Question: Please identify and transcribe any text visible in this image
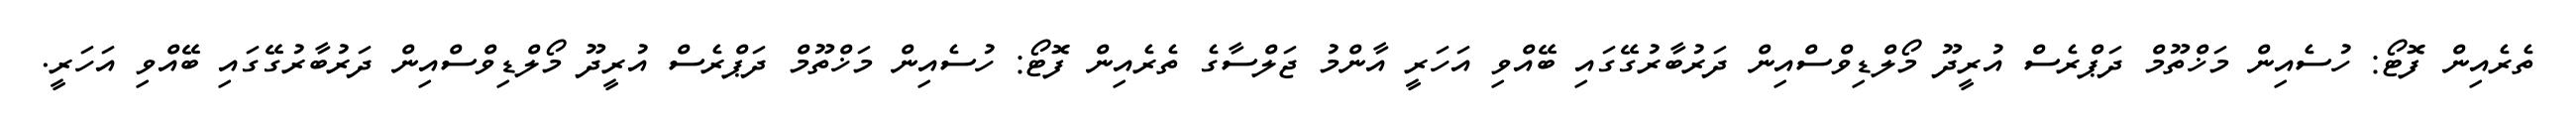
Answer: ތެރެއިން ފޮޓޯ: ހުސެއިން މަޚްތޫމް ދަޕްރެސް އުރީދޫ މޯލްޑިވްސްއިން ދަރުބާރުގޭގައި ބޭއްވި އަހަރީ އާންމު ޖަލްސާގެ ތެރެއިން ފޮޓޯ: ހުސެއިން މަޚްތޫމް ދަޕްރެސް އުރީދޫ މޯލްޑިވްސްއިން ދަރުބާރުގޭގައި ބޭއްވި އަހަރީ.